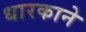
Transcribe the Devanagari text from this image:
धारकाने